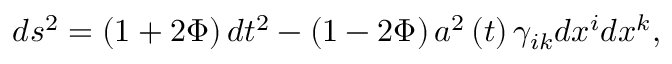
d s ^ { 2 } = \left( 1 + 2 \Phi \right) d t ^ { 2 } - \left( 1 - 2 \Phi \right) a ^ { 2 } \left( t \right) \gamma _ { i k } d x ^ { i } d x ^ { k } ,